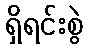
ရှိရင်းစွဲ